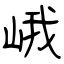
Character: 峨